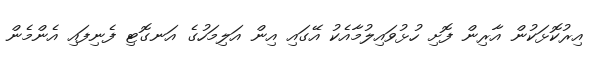
އިރުކޮޅަކުން އާރިން ފޮށި ހުޅުވައިލުމާއެކު އޭގައި އިން އަލިމަހުގެ އަނގޮޓި ފެނިފައި އެންމެން